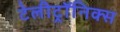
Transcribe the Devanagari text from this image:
टेलीट्रॉनिक्स